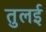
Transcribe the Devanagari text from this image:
तुलई